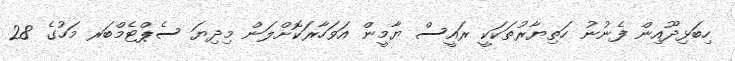
ހިބަޅިދޫއިން ފެނުނު ހަތިޔާރުތަކަކީ ރައީސް ޔާމީން އަވަހާރަކޮށްލަން މިދިޔަ ސެޕްޓެމްބަރ މަހުގެ 28